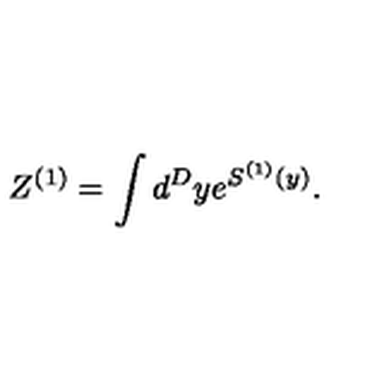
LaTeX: Z ^ { ( 1 ) } = \int d ^ { D } y e ^ { S ^ { ( 1 ) } ( y ) } .